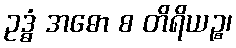
ဥဒ္ဓံ အဓော စ တိရိယဉ္စ၊